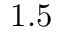
1 . 5